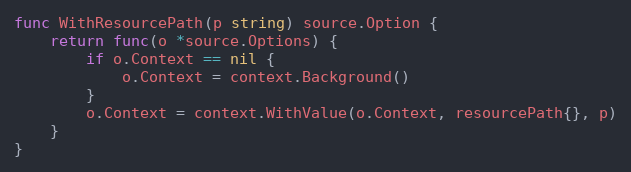
Language: Go
func WithResourcePath(p string) source.Option {
	return func(o *source.Options) {
		if o.Context == nil {
			o.Context = context.Background()
		}
		o.Context = context.WithValue(o.Context, resourcePath{}, p)
	}
}